Annual administration report of the Civil Veterinary Department of India - 1892-1893
Year: 1892
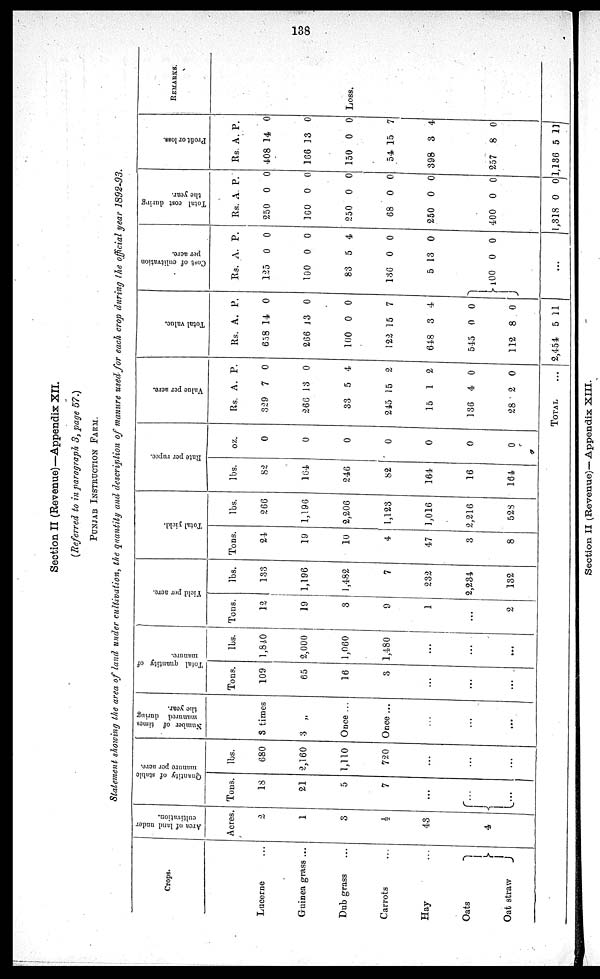
138
Section II (Revenue)—Appendix XII.
(Referred to in paragraph 3, page 57.)
PUNJAB INSTRUCTION FARM.
Statement showing the area of land under cultivation, the quantity and description of manure used for each crop during the official year 1892-93.
Crops.
Lucerne
Guinea grass ...
Dub grass ...
Carrots ...
Hay ...
Oats
Oat straw
Area of land under
cultivation.
Acres.
2
1
3
½
43
4
Quantity of stable
manure per acre.
Tons.
18
21
5
7
...
...
...
lbs.
680
2,160
1,110
720
...
...
...
Number of times
manured during
the year.
3 times
3 „
Once ...
Once ...
...
...
...
Total quantity of
manure.
Tons.
109
65
16
3
...
...
...
lbs.
1,840
2,000
1,060
1,480
...
...
...
Yield per acre.
Tons.
12
19
3
9
1
...
2
lbs.
133
1,196
1,482
7
232
2,234
132
Total yield.
Tons.
24
19
10
4
47
3
8
lbs.
266
1,196
2,206
1,123
1,016
2,216
528
Rate
per rupee.
lbs.
82
164
246
82
164
16
164
oz.
0
0
0
0
0
0
0
Value per acre.
Rs.
329
266
33
245
15
136
28
A.
7
13
5
15
1
4
2
P.
0
0
4
2
2
0
0
TOTAL
Total value.
Rs.
658
266
100
122
648
545
112
2,454
A.
14
J3
0
15
3
0
8
5
P.
0
0
0
7
4
0
0
11
Cost of culitvation
per acre.
Rs.
125
100
83
136
5
100
A.
0
0
5
0
13
0
P.
0
0
4
0
0
0
...
Tot al cost dur i ng
the year.
Rs.
250
160
250
68
250
400
1,318
A.
0
0
0
0
0
0
0
P.
0
0
0
0
0
0
0
Pr of i t or l oss.
Rs.
408
166
150
54
398
257
1,186
A. P.
14
13
0
15
3
8
5
0
0
0
7
4
0
11
REMARKS.
Loss.
Section II (Revenue)—Appendix XIII.